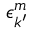
\epsilon _ { k ^ { \prime } } ^ { m }